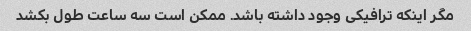
مگر اینکه ترافیکی وجود داشته باشد. ممکن است سه ساعت طول بکشد